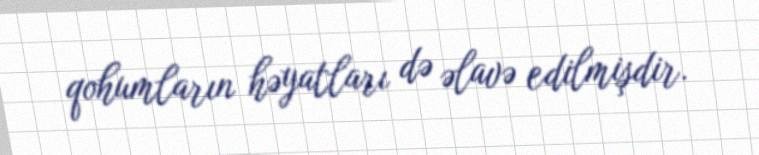
qohumların həyatları də əlavə edilmişdir.